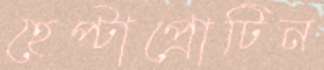
হেপ্টাপ্রোটিন